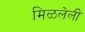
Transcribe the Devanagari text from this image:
मिळलेली